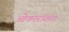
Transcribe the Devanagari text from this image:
ओकारांतता